Annual administration report of the Civil Veterinary Department of India - 1899-1900
Year: 1899
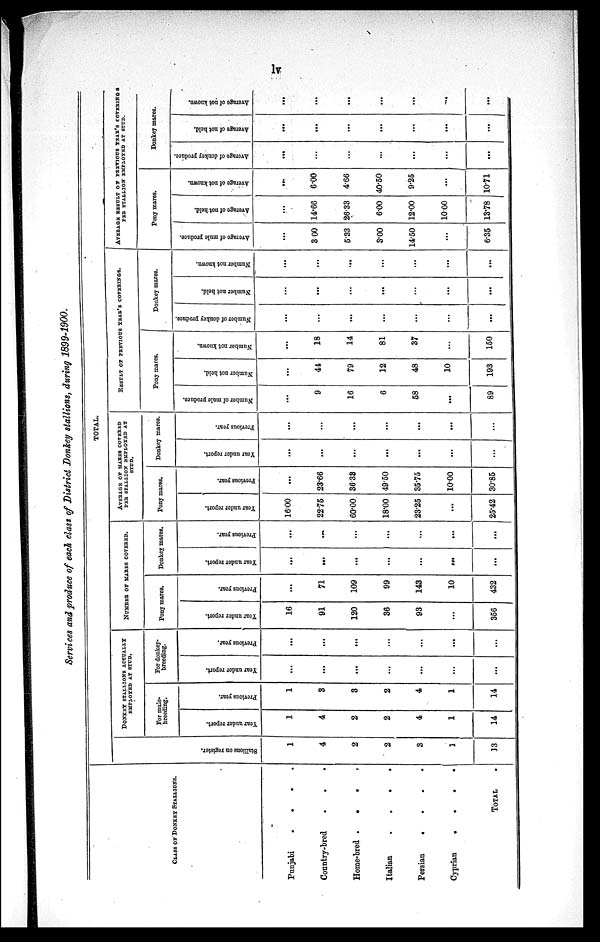
lv
Services and produce of each class of District Donkey stallions, during 1899-1900.
CLASS OF DONKEY STALLIONS.
Punjabi
.
.
.
.
Country-bred
.
.
.
Home-bred
.
.
.
.
Italian
.
.
.
.
Persian . . . .
Cyprian . . . .
TOTAL .
TOTAL.
St al l
i
ons on register.
1
4
2
2
3
1
13
DONKEY STALLIONS ACTUALLY
EMPLOYED AT STUD.
For mule-
breeding.
Year under report.
1
4
2
2
4
1
14
Previous
year.
1
3
3
2
4
1
14
For donkey-
breeding.
Year under report.
...
...
...
...
...
...
...
Previous year.
...
...
...
...
...
...
...
NUMBER OF MARES COVERED.
Pony mares.
Year under report.
16
91
120
36
93
...
356
Previous year.
...
71
109
99
143
10
432
Donkey mares.
Year under report.
...
...
...
...
...
...
...
Previous year.
...
...
...
...
...
...
...
AVERAGE OF MARES COVERED
PER STALLION EMPLOYED AT
STUD.
Pony mares.
Year under report.
16.00
22.75
60.00
18.00
23.25
...
25.42
Previous year.
...
23.66
36.38
49.50
35.75
10.00
30.85
Donkey mares.
Year under report.
...
...
...
...
...
...
...
Previous year.
...
...
...
...
...
...
...
RESULT OF PREVIOUS YEAR'S COVERINGS.
Pony mares.
Number of mule produce.
...
9
16
6
58
...
89
Number not held.
...
44
79
12
48
10
193
Number
not known.
...
18
14
81
37
...
150
Donkey mares.
Number of donkey produce.
...
...
...
...
...
...
...
Number not held.
...
...
...
...
...
...
...
Number not known.
...
...
...
...
...
...
...
AVERAGE RESULT OF PREVIOUS YEAR'S COVERINGS
PER STALLION EMPLOYED AT STUD.
Pony mares.
Average
of mule produce.
...
3.00
5.33
3.00
14.50
...
6.35
Average
of not held.
...
14.66
26.33
6.00
12.00
10.00
13.78
Average of not known.
...
6.00
4.66
40.50
9.25
...
10.71
Donkey mares.
Average
of donkey produce.
...
...
...
...
...
...
...
Average
of not held.
...
...
...
...
...
...
...
Average of not known.
...
...
...
...
...
...
...